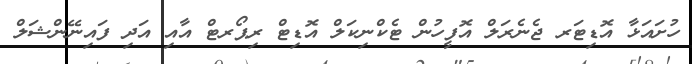
ހުށައަޅާ އޮޑިޓަރ ޖެނެރަލް އޮފީހުން ޓެކްނިކަލް އޮޑިޓް ރިޕޯރޓް އާއި އަދި ފައިނޭންޝަލް